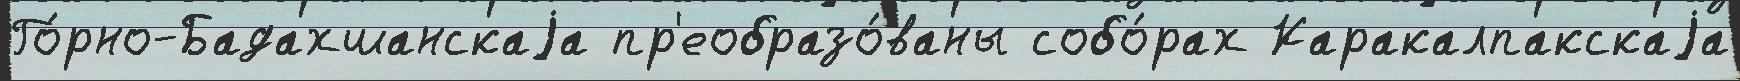
Го́рно-Бадахшанскаjа пр'еобразо́ваны собо́рах Каракалпакскаjа